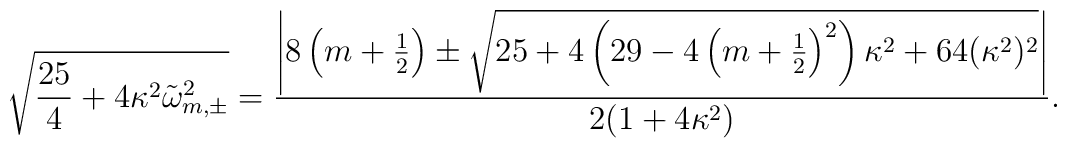
\sqrt{\frac{25}{4}+4\kappa^2\tilde{\omega}_{m,\pm}^2} = \frac{\left|8\left(m+\frac12\right)\pm\sqrt{25+4\left(29-4\left(m+\frac12\right)^2\right)\kappa^2+64(\kappa^2)^2}\right|}{2(1+4\kappa^2)}.